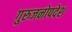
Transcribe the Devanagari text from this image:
गुरुजनोपदेश